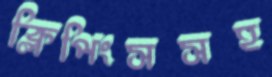
ক্লিপিংসসহ